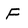
Character: F